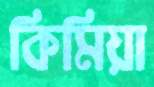
কিমিয়া